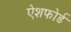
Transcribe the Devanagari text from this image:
ऐशफोर्ड